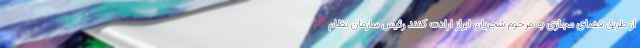
از طریق فضای مجازی به مرحوم شجریان ابراز ارادت کنند رئیس سازمان نظام